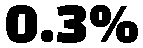
0.3%